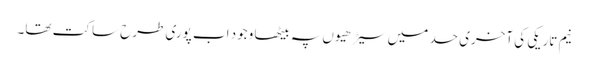
نیم تاریکی کی آخری حد میں سیڑھیوں پہ بیٹھا وجود اب پوری طرح ساکت تھا۔